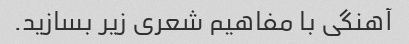
آهنگی با مفاهیم شعری زیر بسازید.